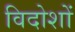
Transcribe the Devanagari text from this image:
विदोशों